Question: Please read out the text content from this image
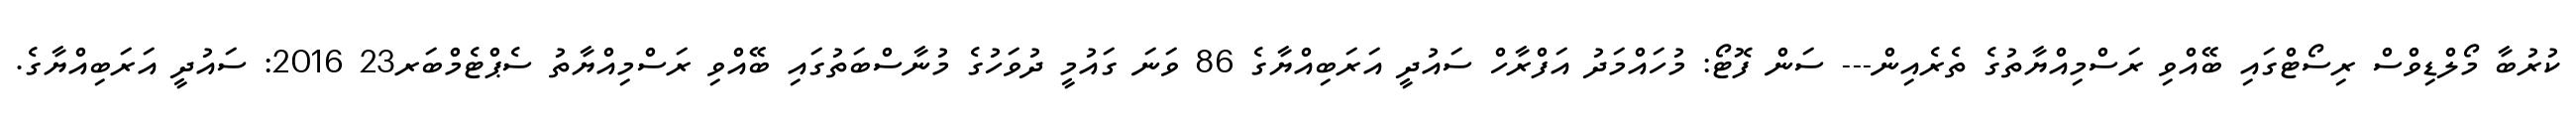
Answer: ކުރުބާ މޯލްޑިވްސް ރިސޯޓްގައި ބޭއްވި ރަސްމިއްޔާތުގެ ތެރެއިން--- ސަން ފޮޓޯ: މުހައްމަދު އަފްރާހް ސައުދީ އަރަބިއްޔާގެ 86 ވަނަ ގައުމީ ދުވަހުގެ މުނާސްބަތުގައި ބޭއްވި ރަސްމިއްޔާތު ސެޕްޓެމްބަރ23 2016: ސައުދީ އަރަބިއްޔާގެ.